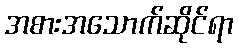
အစားအသောက်ဆိုင်ရာ